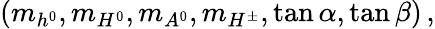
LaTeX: (m_{h^{0}},m_{H^{0}},m_{A^{0}},m_{H^{\pm}},\tan\alpha,\tan\beta)\, ,